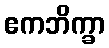
ဧကဘိက္ခာ